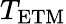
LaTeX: T_{\mathrm{ETM}}